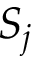
S _ { j }